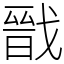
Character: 戩